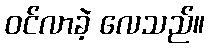
ဝင်လာခဲ့ လေသည်။